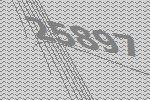
25897